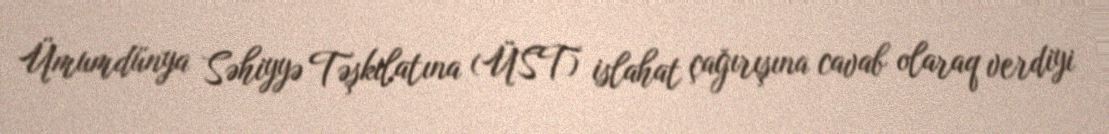
Ümumdünya Səhiyyə Təşkilatına (ÜST) islahat çağırışına cavab olaraq verdiyi